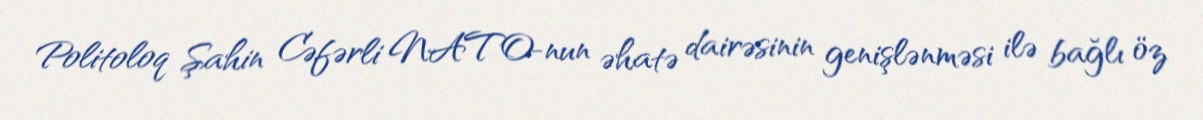
Politoloq Şahin Cəfərli NATO-nun əhatə dairəsinin genişlənməsi ilə bağlı öz